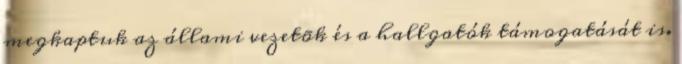
megkaptuk az állami vezetõk és a hallgatók támogatását is.